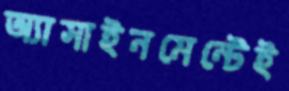
অ্যাসাইনমেন্টেই